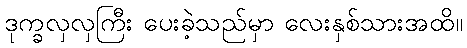
ဒုက္ခလှလှကြီး ပေးခဲ့သည်မှာ လေးနှစ်သားအထိ။